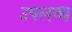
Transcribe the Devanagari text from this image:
उपलब्ध